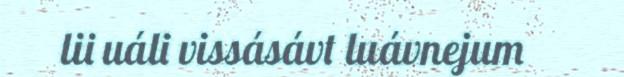
lii uáli vissásávt luávnejum